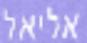
אליאל